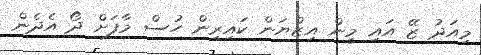
މިއަދު ޒޭ އައި މީން އިޒްޔަން ކައިރިން ހުސް މާފަށް ދޯ އެދެން